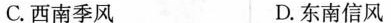
C.西南季风 D.东南信风